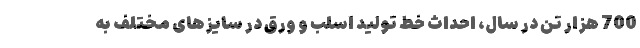
700 هزار تن در سال، احداث خط تولید اسلب و ورق در سایزهای مختلف به